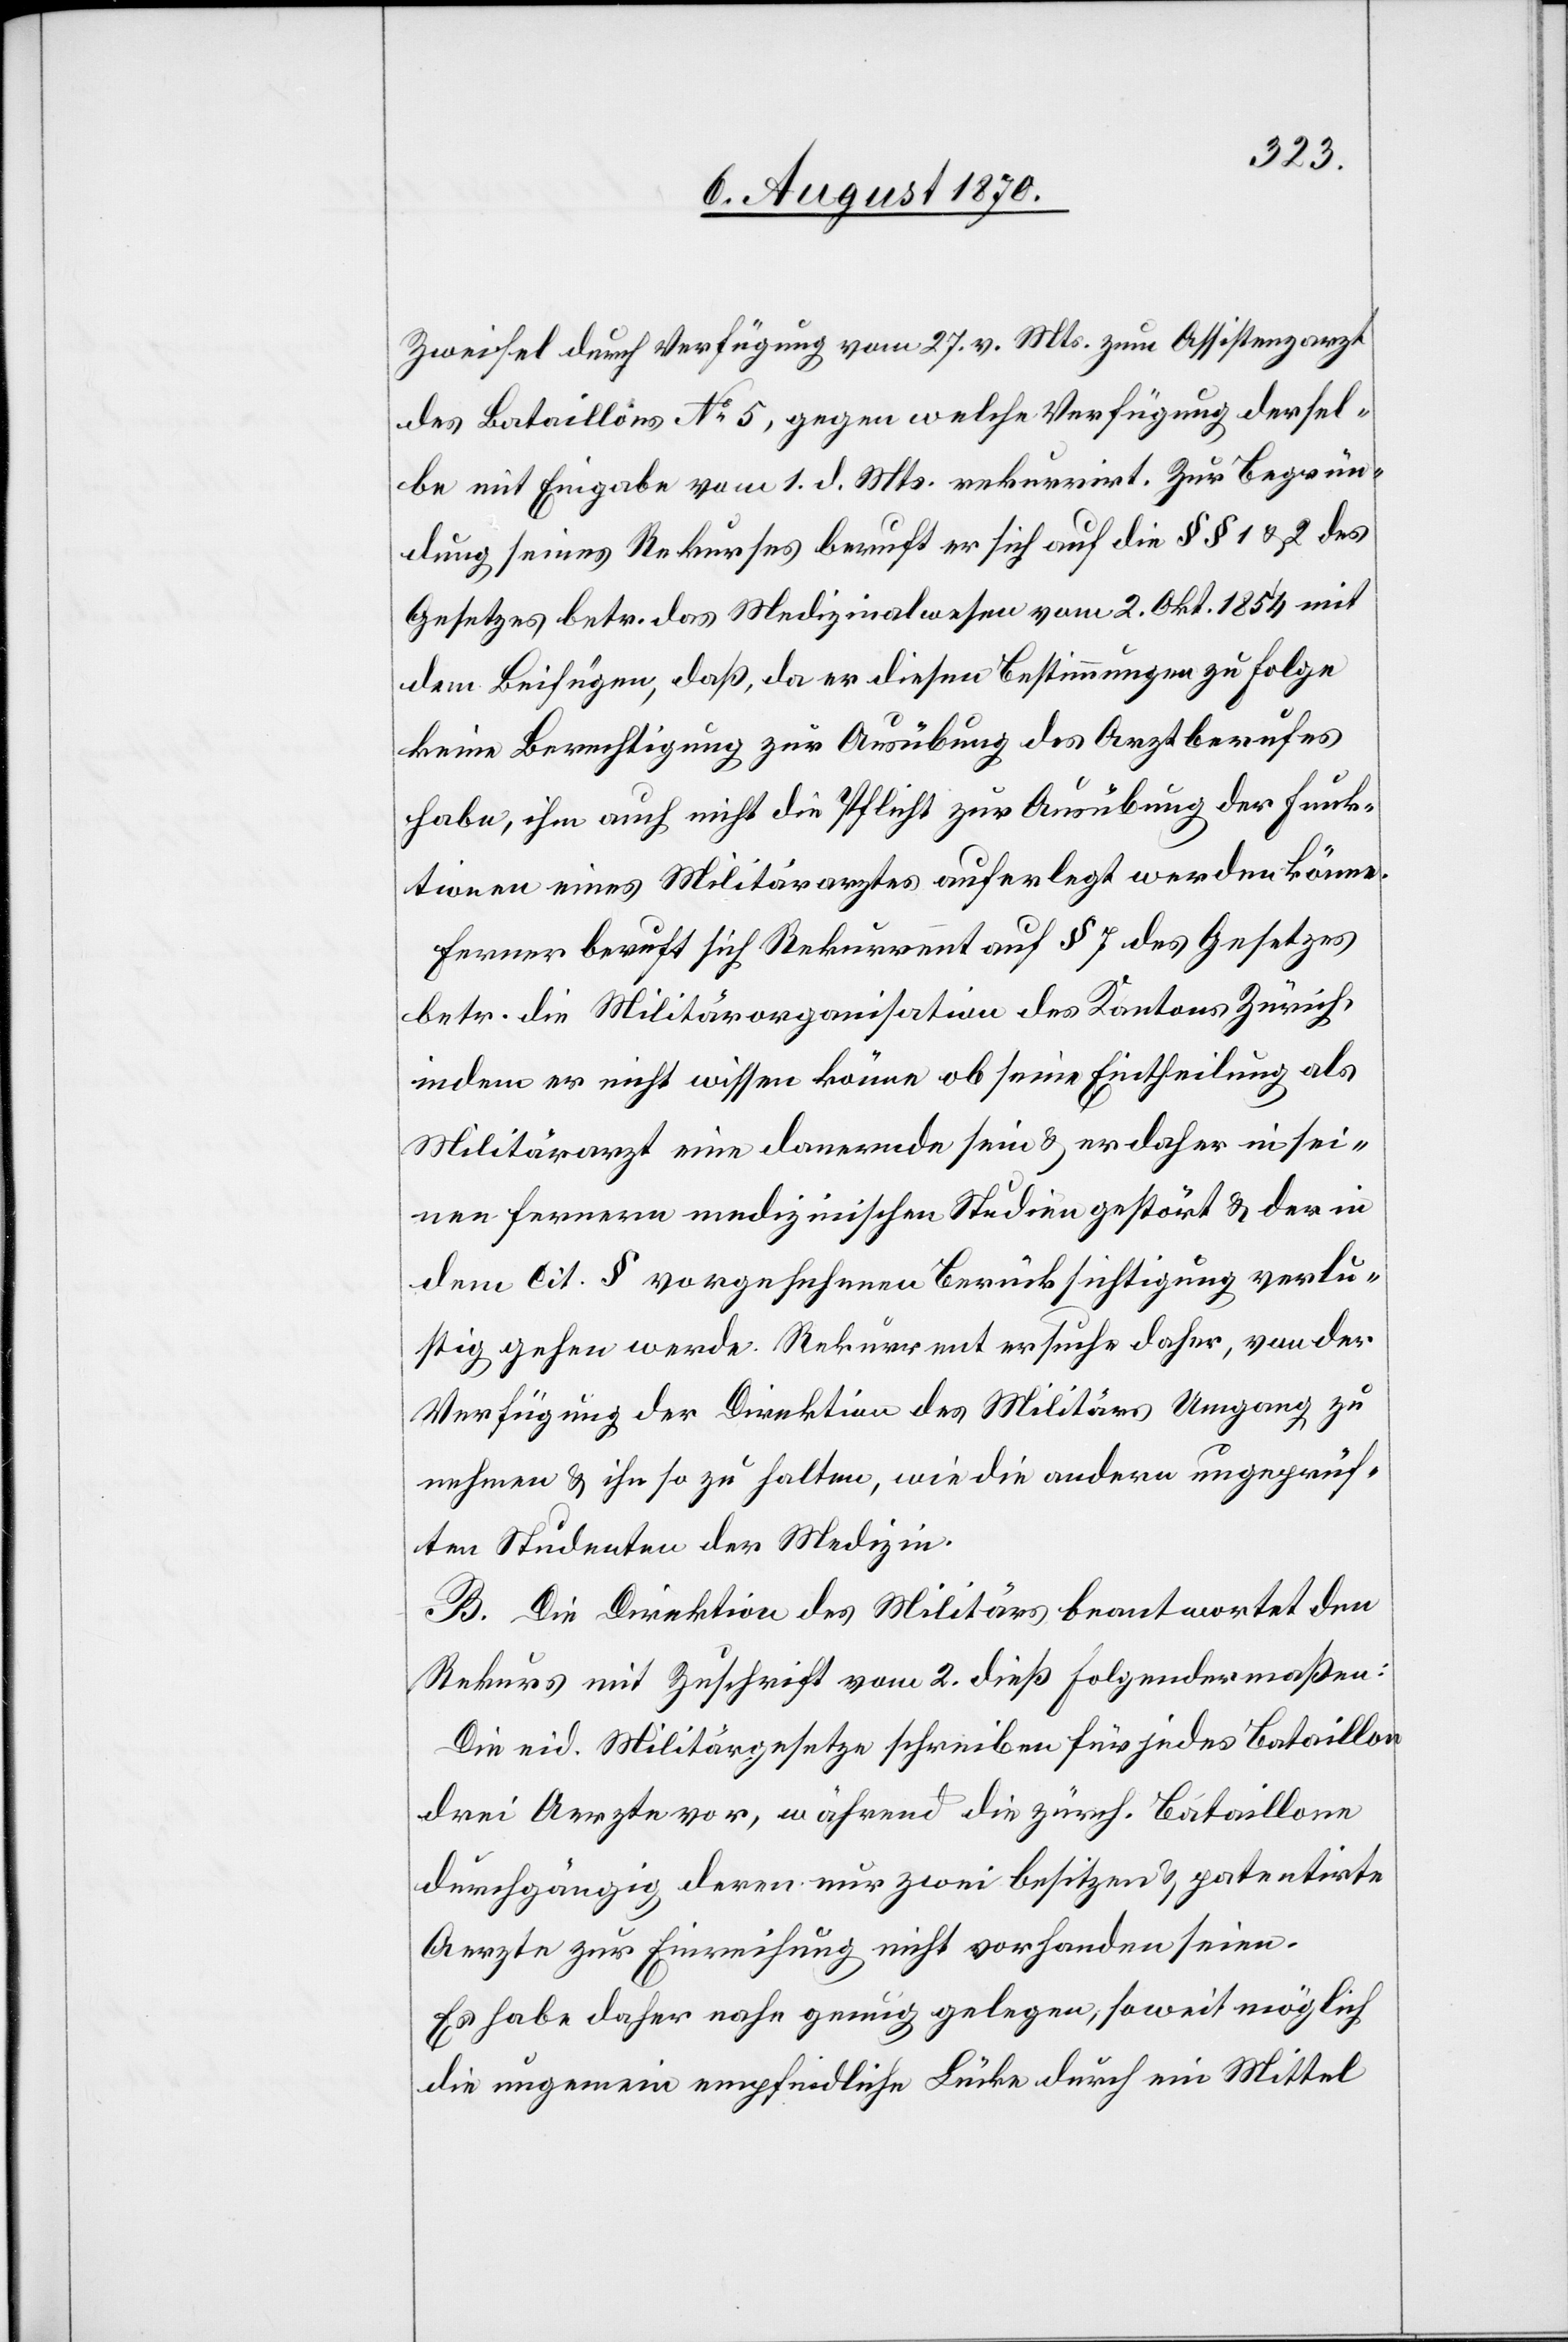
Zweifel durch Verfügung vom 27. v. Mts. zum Assistenzarzt
des Bataillons No 5, gegen welche Verfügung dersel¬
be mit Eingabe vom 1. d. Mts. rekurrirt. Zur Begrün¬
dung seines Rekurses beruft er sich auf die §§ 1 & 2 des
Gesetzes betr. das Militärwesen vom 2. Okt. 1854 mit
dem Beifügen, daß, da er diesen Bestimmungen zu Folge
keine Berechtigung zur Ausübung des Arztberufes
habe, ihm auch nicht die Pflicht zur Ausübung der Funk¬
tionen eines Militärarztes auferlegt werden könne.
Ferner beruft sich Rekurrent auf § 7 des Gesetzes
betr. die Militärorganisation des Kantons Zürich,
indem er nicht wissen könne ob seine Eintheilung als
Militärarzt eine dauernde sein & er daher in sei¬
nen fernern medizinischen Studien gestört & der in
dem cit. § vorgesehenen Berücksichtigung verlu¬
stig gehen werde. Rekurrent ersuche daher, von der
Verfügung der Direktion des Militärs Umgang zu
nehmen & ihn so zu halten, wie die andern ungeprüf¬
ten Studenten der Medizin.
B. Die Direktion des Militärs beantwortet den
Rekurs mit Zuschrift vom 2. dieß folgendermaßen:
Die eid. Militärgesetze schreiben für jedes Bataillon
drei Aerzte vor, während die zürch. Bataillone
durchgängig deren nur zwei besitzen & patentirte
Aerzte zur Einreihung nicht vorhanden seien.
Es habe daher nahe genug gelegen, soweit möglich
die ungemein empfindliche Lücke durch ein Mittel